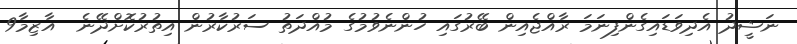
ނަޝީދު އެދިވަޑައިގެންފިނަމަ ރާއްޖެއިން ބޭރުގައި ހުންނެވުމުގެ މުއްދަތު ސަރުކާރުން އިތުރުކޮށްދޭނެ  އާޒިމާ9